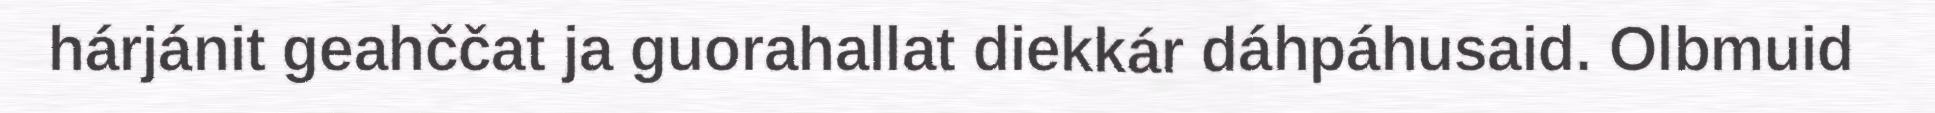
hárjánit geahččat ja guorahallat diekkár dáhpáhusaid. Olbmuid